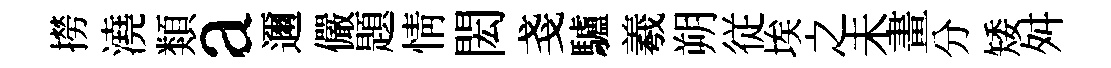
撈澆類a邇儼題情閎戔驢羲朔従埃之未畫分矮舛